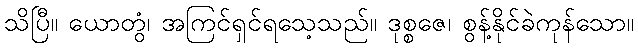
သိပြီ။ ယောတွံ၊ အကြင်ရှင်ရသေ့သည်။ ဒုစ္စဇေ၊ စွန့်နိုင်ခဲကုန်သော။